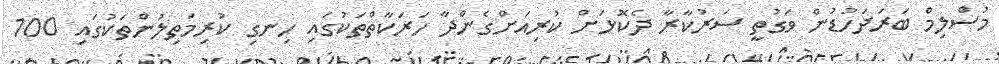
މުސްލިމް ބަރަދަހުޑުން ވަގުތީ ސަރުކާރާ ދެކޮޅަށް ކުރިއަށްގެންދާ ހަރަކާތްތަކުގައި ހިނގި ކުރިމަތިލުންތަކުގައި 100